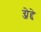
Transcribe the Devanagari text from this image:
ग्जेद्दे